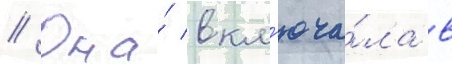
// Она́ вкл'юча́ла в